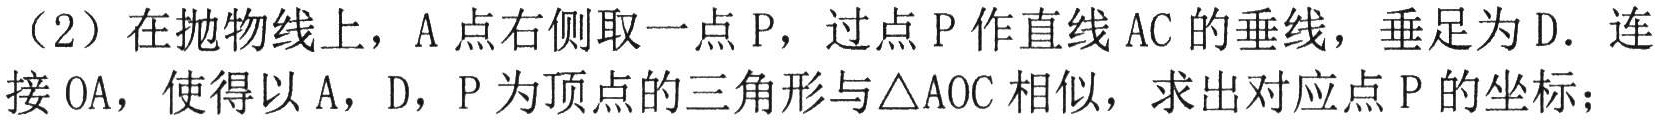
（2）在抛物线上，A 点右侧取一点 P，过点 P 作直线 AC 的垂线，垂足为 D．连接 OA，使得以 A，D，P 为顶点的三角形与△AOC 相似，求出对应点 P 的坐标；